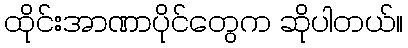
ထိုင်းအာဏာပိုင်တွေက ဆိုပါတယ်။